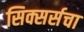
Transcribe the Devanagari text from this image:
सिक्सर्सचा